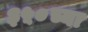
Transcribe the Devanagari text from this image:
३५०च्या